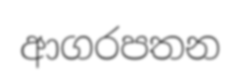
ආගරපතන